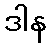
ဒါန